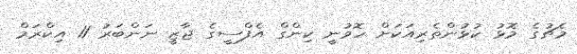
މެޗުގެ މޮޅު ކުޅުންތެރިއަކަށް ހޮވުނީ ކިންގް އެފްސީގެ ޖާޒީ ނަންބަރު 11 އިކްރަމް